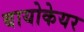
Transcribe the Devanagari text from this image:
बायोकेयर